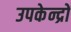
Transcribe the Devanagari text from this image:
उपकेन्द्रों